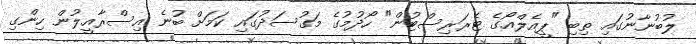
ލުބުނާނުގައި ތިބި "ޕީއެލްއޯގެ ޓެރަރިސްޓުން" ހޯދުމުގެ މަގުސަދުގައި ކަމަށް ބުނެ އިސްރާއީލުން ހިންގި